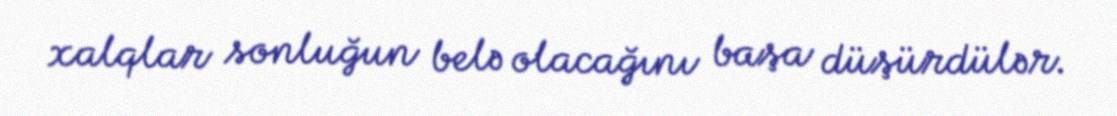
xalqlar sonluğun belə olacağını başa düşürdülər.